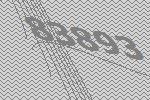
83893